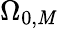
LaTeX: \Omega_{0,\mathit{M}}